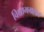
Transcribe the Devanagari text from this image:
विश्रामग्रहात